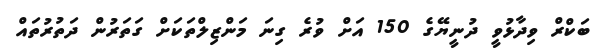
ބަކްރް ވިދާޅުވީ ދުނީޔޭގެ 150 އަށް ވުރެ ގިނަ މަންޒިލްތަކަށް ގަތަރުން ދަތުރުތައް